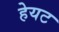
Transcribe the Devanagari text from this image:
हेयट